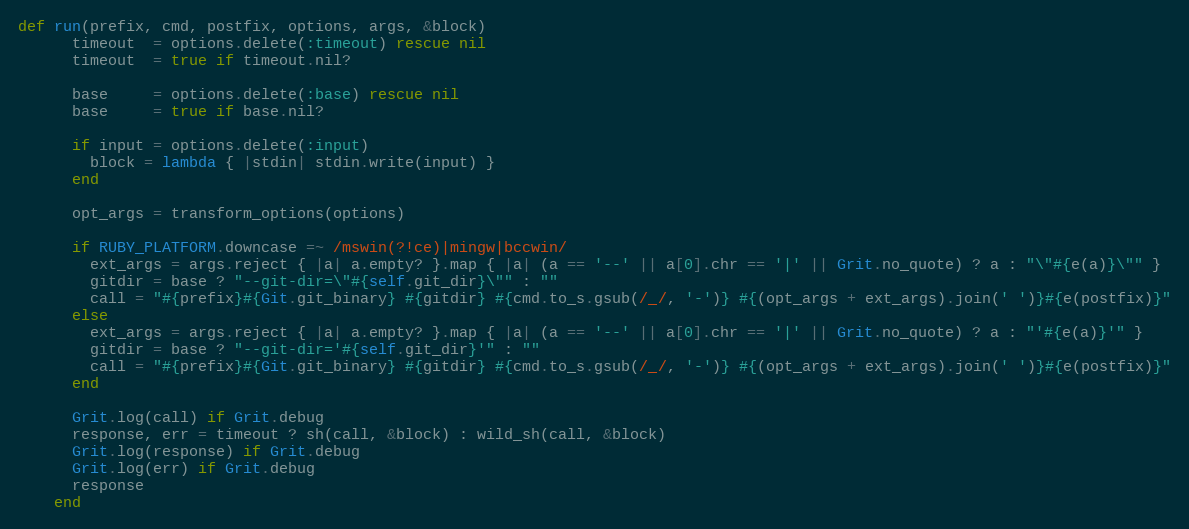
Language: Ruby
def run(prefix, cmd, postfix, options, args, &block)
      timeout  = options.delete(:timeout) rescue nil
      timeout  = true if timeout.nil?

      base     = options.delete(:base) rescue nil
      base     = true if base.nil?

      if input = options.delete(:input)
        block = lambda { |stdin| stdin.write(input) }
      end

      opt_args = transform_options(options)

      if RUBY_PLATFORM.downcase =~ /mswin(?!ce)|mingw|bccwin/
        ext_args = args.reject { |a| a.empty? }.map { |a| (a == '--' || a[0].chr == '|' || Grit.no_quote) ? a : "\"#{e(a)}\"" }
        gitdir = base ? "--git-dir=\"#{self.git_dir}\"" : ""
        call = "#{prefix}#{Git.git_binary} #{gitdir} #{cmd.to_s.gsub(/_/, '-')} #{(opt_args + ext_args).join(' ')}#{e(postfix)}"
      else
        ext_args = args.reject { |a| a.empty? }.map { |a| (a == '--' || a[0].chr == '|' || Grit.no_quote) ? a : "'#{e(a)}'" }
        gitdir = base ? "--git-dir='#{self.git_dir}'" : ""
        call = "#{prefix}#{Git.git_binary} #{gitdir} #{cmd.to_s.gsub(/_/, '-')} #{(opt_args + ext_args).join(' ')}#{e(postfix)}"
      end

      Grit.log(call) if Grit.debug
      response, err = timeout ? sh(call, &block) : wild_sh(call, &block)
      Grit.log(response) if Grit.debug
      Grit.log(err) if Grit.debug
      response
    end